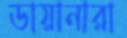
ডায়ানারা